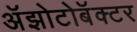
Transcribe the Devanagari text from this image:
अॅझोटोबॅक्टर